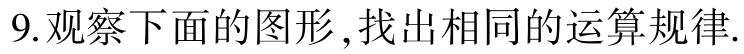
9.观察下面的图形,找出相同的运算规律.